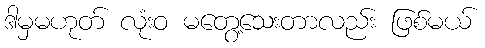
ဒါမှမဟုတ် လုံးဝ မတွေ့သေးတာလည်း ဖြစ်မယ်